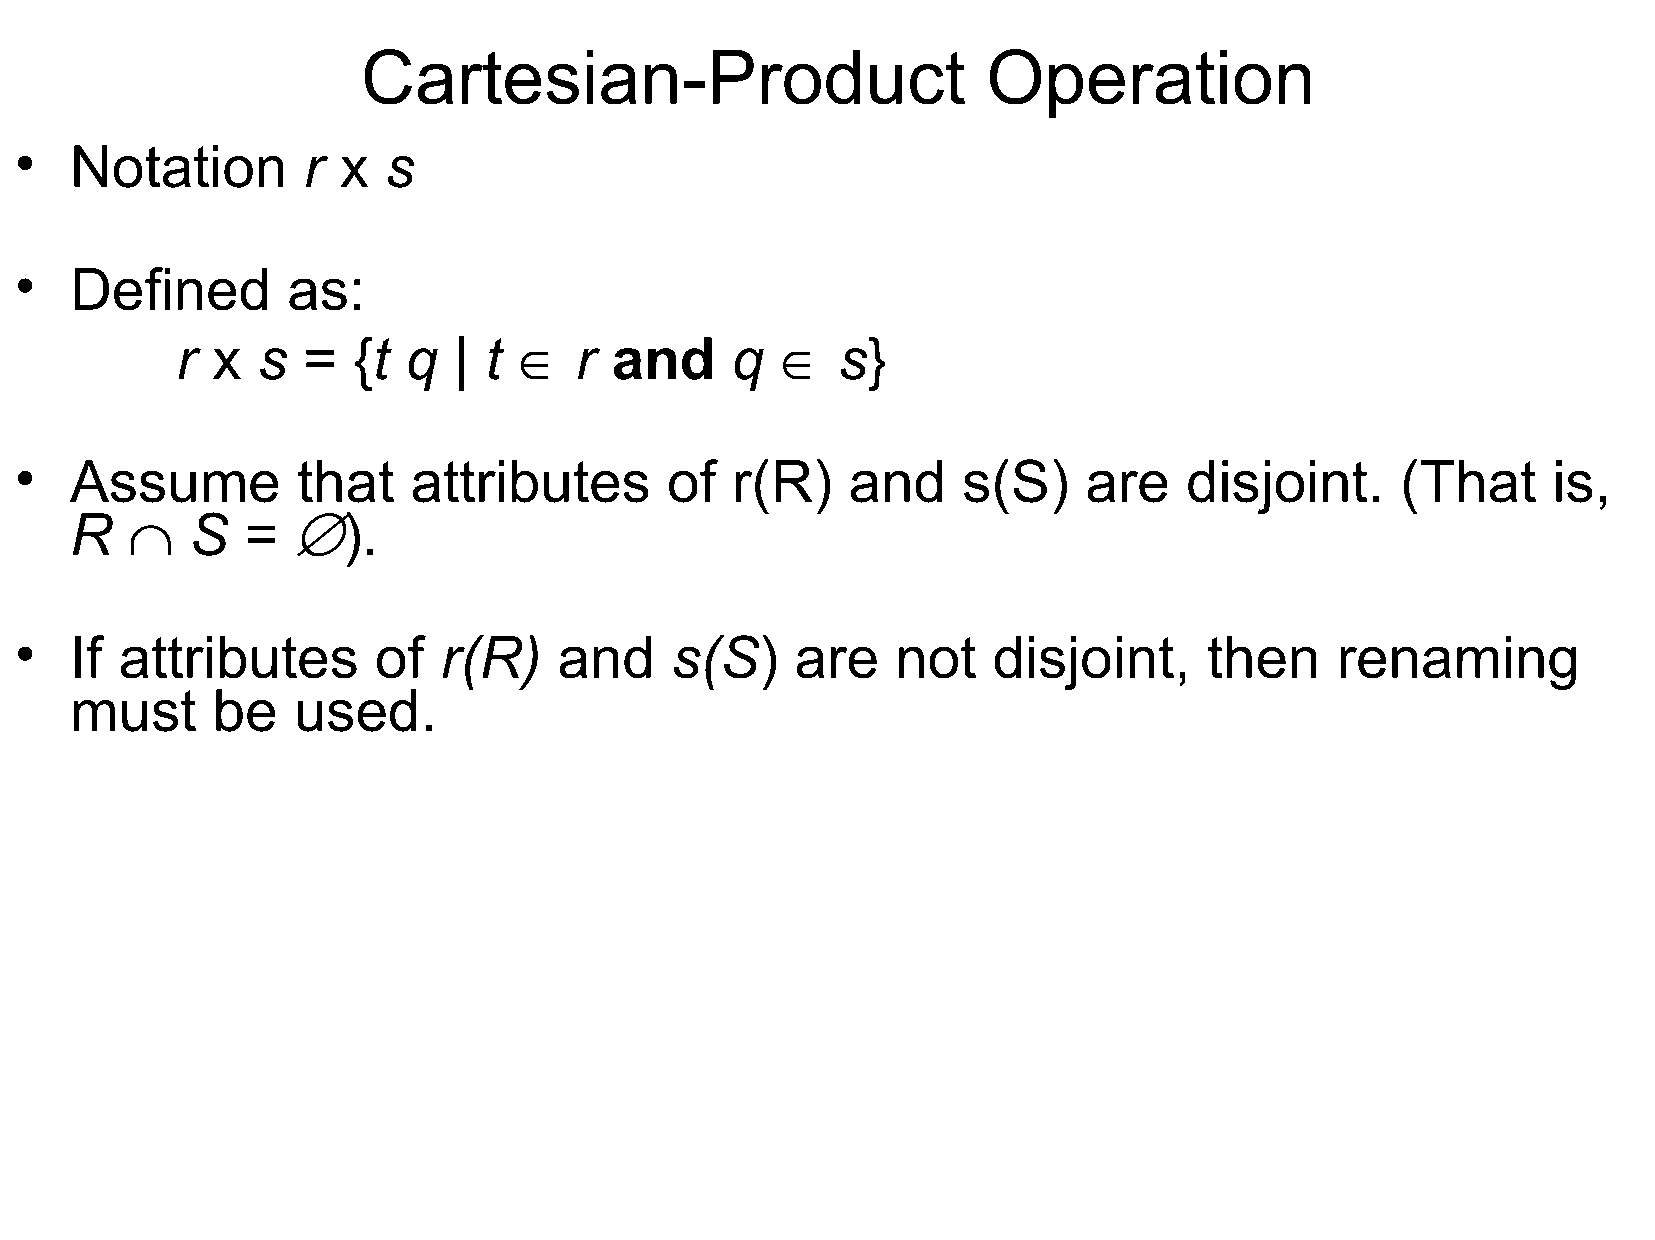
Cartesian-Product                        Operation
 •   Notation       r x  s
 •   Defined       as:
 ˛                 ˛
 r x  s  =  {t  q  | t     r and     q      s}
 •   Assume         that   attributes       of  r(R)    and     s(S)    are   disjoint.      (That     is,
 ˙          ˘
 R       S  =      ).
 •   If attributes       of  r(R)    and    s(S)     are   not    disjoint,     then    renaming
 must     be   used.